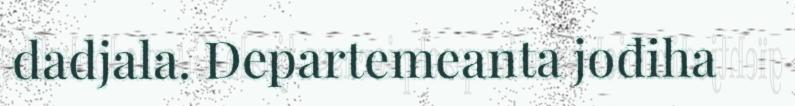
dadjala. Departemeanta jođiha